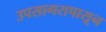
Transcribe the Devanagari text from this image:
उपसागरापासून